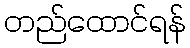
တည်ထောင်ရန်